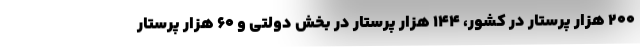
۲۰۰ هزار پرستار در کشور، ۱۴۴ هزار پرستار در بخش دولتی و ۶۰ هزار پرستار